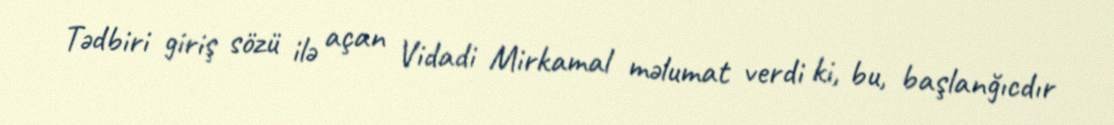
Tədbiri giriş sözü ilə açan Vidadi Mirkamal məlumat verdi ki, bu, başlanğıcdır